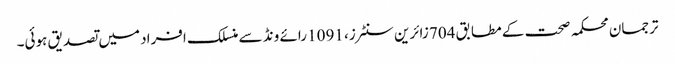
ترجمان محکمہ صحت کے مطابق 704 زائرین سنٹرز، 1091 رائے ونڈ سے منسلک افراد میں تصدیق ہوئی۔